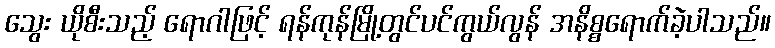
သွေး ယိုစီးသည့် ရောဂါဖြင့် ရန်ကုန်မြို့တွင်ပင်ကွယ်လွန် အနိစ္စရောက်ခဲ့ပါသည်။